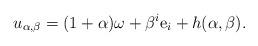
LaTeX: \begin{align*}u_{\alpha, \beta}=(1+\alpha) \omega +\beta^{i}\mathrm{e}_{i}+h(\alpha, \beta).\end{align*}